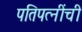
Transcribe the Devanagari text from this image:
पतिपत्‍नींची